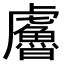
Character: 𧈔